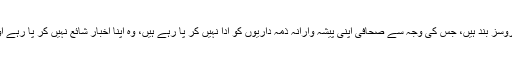
انہوں نے مزید کہا ہے کہ وادی میں موبائل، انٹرنیٹ اور لینڈ سروسز بند ہیں، جس کی وجہ سے صحافی اپنی پیشہ وارانہ ذمہ داریوں کو ادا نہیں کر پا رہے ہیں، وہ اپنا اخبار شائع نہیں کر پا رہے اور کشمیر کے عوام تک خبریں اور ا طلاعات نہیں پہنچ پا رہیں۔